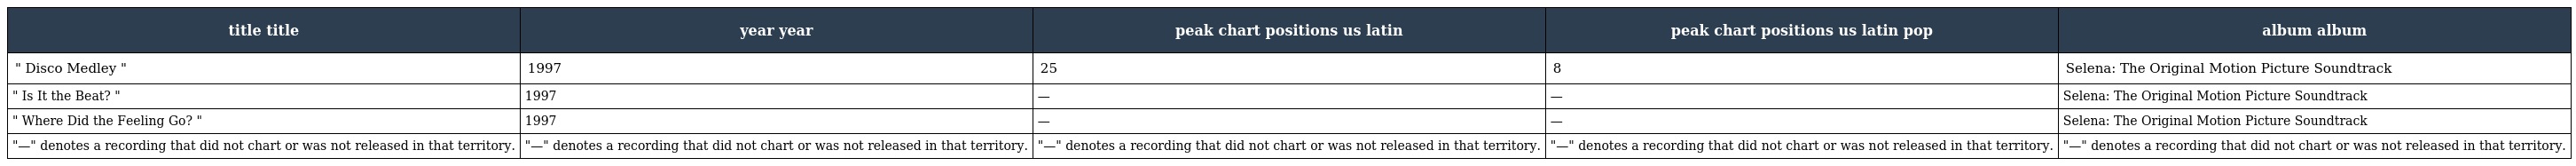
| title title | year year | peak chart positions us latin | peak chart positions us latin pop | album album |
 | --- | --- | --- | --- | --- |
 | " Disco Medley " | 1997 | 25 | 8 | Selena: The Original Motion Picture Soundtrack |
 | " Is It the Beat? " | 1997 | — | — | Selena: The Original Motion Picture Soundtrack |
 | " Where Did the Feeling Go? " | 1997 | — | — | Selena: The Original Motion Picture Soundtrack |
 | "—" denotes a recording that did not chart or was not released in that territory. | "—" denotes a recording that did not chart or was not released in that territory. | "—" denotes a recording that did not chart or was not released in that territory. | "—" denotes a recording that did not chart or was not released in that territory. | "—" denotes a recording that did not chart or was not released in that territory. |